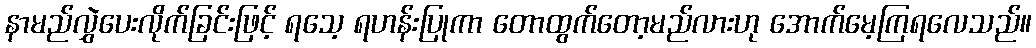
နာမည်လွှဲပေးလိုက်ခြင်းဖြင့် ရသေ့ ရဟန်းပြုကာ တောထွက်တော့မည်လားဟု အောက်မေ့ကြရလေသည်။